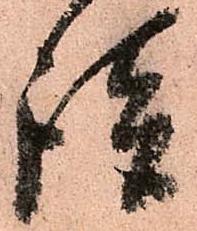
談